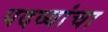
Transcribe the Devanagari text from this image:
पदव्यांचा